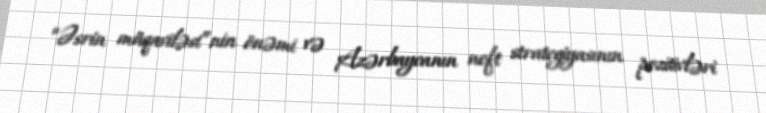
“Əsrin müqaviləsi”nin önəmi və Azərbaycanın neft strategiyasının pozitivləri